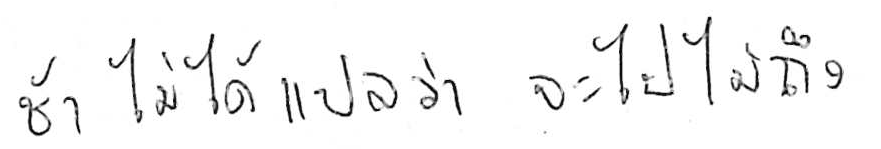
ช้า ไม่ได้แปลว่า จะไปไม่ถึง